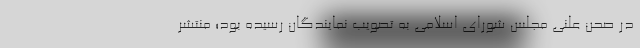
در صحن علنی مجلس شورای اسلامی به تصویب نمایندگان رسیده بود؛ منتشر